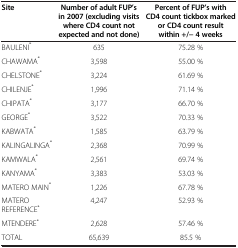
<table><thead><tr><td><b>Site</b></td><td><b>Number of adult FUP’s in 2007 (excluding visits where CD4 count not expected and not done)</b></td><td><b>Percent of FUP’s with CD4 count tickbox marked or CD4 count result within +/− 4 weeks</b></td></tr></thead><tbody><tr><td>BAULENI<sup>*</sup></td><td>635</td><td>75.28 %</td></tr><tr><td>CHAWAMA<sup>*</sup></td><td>3,598</td><td>55.00 %</td></tr><tr><td>CHELSTONE<sup>*</sup></td><td>3,224</td><td>61.69 %</td></tr><tr><td>CHILENJE<sup>*</sup></td><td>1,996</td><td>71.14 %</td></tr><tr><td>CHIPATA<sup>*</sup></td><td>3,177</td><td>66.70 %</td></tr><tr><td>GEORGE<sup>*</sup></td><td>3,522</td><td>70.33 %</td></tr><tr><td>KABWATA<sup>*</sup></td><td>1,585</td><td>63.79 %</td></tr><tr><td>KALINGALINGA<sup>*</sup></td><td>2,368</td><td>70.99 %</td></tr><tr><td>KAMWALA<sup>*</sup></td><td>2,561</td><td>69.74 %</td></tr><tr><td>KANYAMA<sup>*</sup></td><td>3,383</td><td>53.03 %</td></tr><tr><td>MATERO MAIN<sup>*</sup></td><td>1,226</td><td>67.78 %</td></tr><tr><td>MATERO REFERENCE<sup>*</sup></td><td>4,247</td><td>52.93 %</td></tr><tr><td>MTENDERE<sup>*</sup></td><td>2,628</td><td>57.46 %</td></tr><tr><td>TOTAL</td><td>65,639</td><td>85.5 %</td></tr></tbody></table>